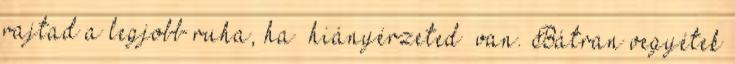
rajtad a legjobb ruha, ha “hiányérzeted” van. Bátran vegyétek